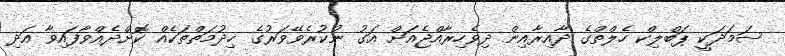
ޞަމަދަކީ ޕަބްލިކް ހެލްތްގެ ދާއިރާއިން ދިވެހިރާއްޖެއަށް އަގު ނުކުރެވޭވަރުގެ ޚިދުމަތްތަކެއް ކޮށްދެއްވާފައިވާ އަދި